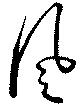
風